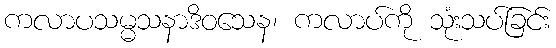
ကလာပသမ္မသနာဒိဝသေန၊ ကလာပ်ကို သုံးသပ်ခြင်း